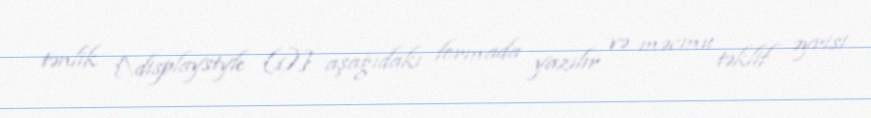
tənlik {\displaystyle (1)} aşağıdakı formada yazılır və məcmu təklif əyrisi